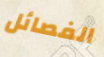
الفصائل